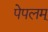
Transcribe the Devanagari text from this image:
पेपलम्